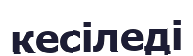
кесіледі